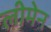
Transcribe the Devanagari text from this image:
लीमेन